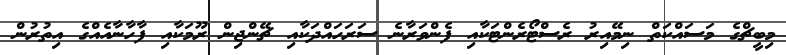
މިބީޗްގެ މަސައްކަތް ނިމޭއިރު ރެސްޓޯރެންޓަކާއި ފެންވަރާނެ ސަރަހައްދަކާއި ޗޭންޖިން ރޫމަކާއި ފާހާނާއެއްގެ އިތުރުން